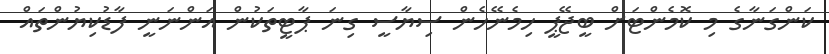
ކަންގަނާގެ މި ކޮމެންޓަށް ބީޖޭޕީ ހިމެނޭހެން ސިޔާސީ ގިނަ ޕާޓީތަކުން އަންނަނީ ފާޑުކިޔުންތައް